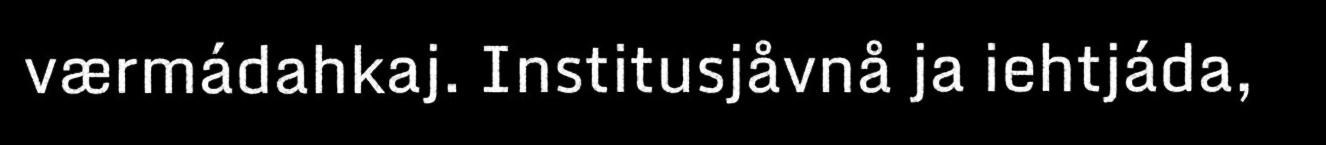
værmádahkaj. Institusjåvnå ja iehtjáda,